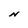
Character: N